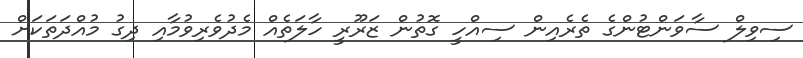
ސިވިލް ސާވަންޓުންގެ ތެރެއިން ސިއްހީ ގޮތުން ޒަރޫރީ ހާލަތެއް މެދުވެރިވުމާއި ދިގު މުއްދަތަކަށް